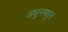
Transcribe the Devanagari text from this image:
अधुनमधून